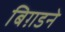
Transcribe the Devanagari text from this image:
बिग़डने